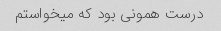
درست همونی بود که میخواستم